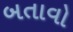
બતાવો